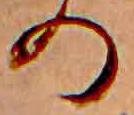
の